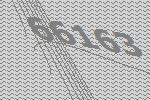
66163